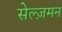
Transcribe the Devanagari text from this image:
सेल्ज़मन